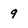
Character: 9